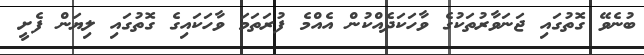
ބުނެވޭ ގޮތުގައި ޖަނަވާރުތަކުގެ ވާހަކަދެއްކުން އެއްމެ ފުރަތަމަ ވާހަކައިގެ ގޮތުގައި ލިޔަން ފެށީ